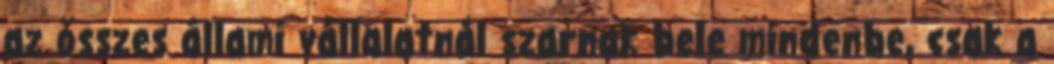
az összes állami vállalatnál szarnak bele mindenbe, csak a